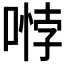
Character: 𭉱